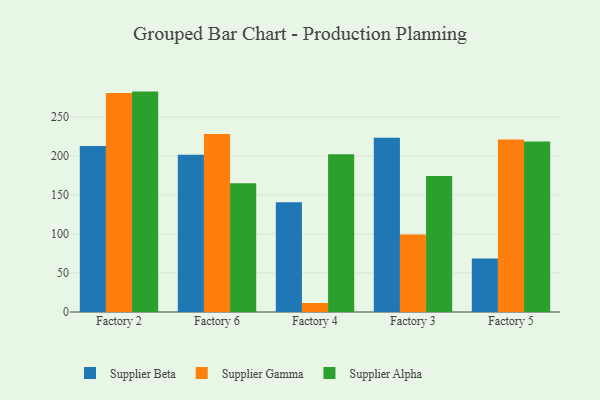
{"axis": {"x": "Factory", "y": "Net Income (USD K)"}, "legend": ["Supplier Alpha", "Supplier Beta", "Supplier Gamma"], "data": [{"x": "Factory 2", "y": 212.6, "type": "Supplier Beta"}, {"x": "Factory 2", "y": 280.5, "type": "Supplier Gamma"}, {"x": "Factory 2", "y": 282.3, "type": "Supplier Alpha"}, {"x": "Factory 6", "y": 201.5, "type": "Supplier Beta"}, {"x": "Factory 6", "y": 227.9, "type": "Supplier Gamma"}, {"x": "Factory 6", "y": 164.9, "type": "Supplier Alpha"}, {"x": "Factory 4", "y": 140.5, "type": "Supplier Beta"}, {"x": "Factory 4", "y": 11.5, "type": "Supplier Gamma"}, {"x": "Factory 4", "y": 201.9, "type": "Supplier Alpha"}, {"x": "Factory 3", "y": 223.3, "type": "Supplier Beta"}, {"x": "Factory 3", "y": 99.3, "type": "Supplier Gamma"}, {"x": "Factory 3", "y": 174.2, "type": "Supplier Alpha"}, {"x": "Factory 5", "y": 68.4, "type": "Supplier Beta"}, {"x": "Factory 5", "y": 220.8, "type": "Supplier Gamma"}, {"x": "Factory 5", "y": 218.5, "type": "Supplier Alpha"}]}